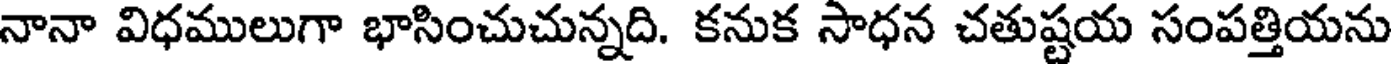
నానా విధములుగా భాసించుచున్నది. కనుక సాధన చతుష్టయ సంపత్తియను